system: You are a helpful assistant.
user:
Analyze the provided spectrum to determine if it is a **"Cataclysmic Variables (CV)"**.

- **Key Indicators for CV (Check for either state):**
    - **State 1: Quiescent / Low-State (Emission-Dominated)**
        - **(Primary):** Strong and *very broad* Hydrogen Balmer emission lines (e.g., $H\alpha$ at 6563 Å, $H\beta$ at 4861 Å). The 'broadness' (high velocity dispersion, often FWHM > 1000 km/s) is the key diagnostic, indicating a high-velocity accretion disk.
        - **(Secondary):** Broad neutral Helium (He I) emission lines (e.g., 5876 Å, 6678 Å).
        - **(Key Confirmation):** Presence of high-excitation *ionized* Helium (He II) emission at 4686 Å. This is a strong indicator of accretion onto a white dwarf.
        - **(Line Profile):** Emission lines may exhibit a 'double-peaked' profile, which is a classic signature of a rotating accretion disk viewed at high inclination.

    - **State 2: Outburst / High-State (Absorption-Dominated)**
        - **(Primary):** Spectrum is dominated by a bright, blue continuum (looks like a hot star).
        - **(Secondary):** The emission lines from State 1 are weak, absent, or 'filled in', and are replaced by broad, shallow *absorption* lines (primarily Balmer and He I).
        - **(Morphology):** The overall spectrum mimics a hot B/A-type star. The crucial difference is that the absorption lines are significantly broader, shallower, and more 'washed-out' (or 'smeared') than the sharp lines of a normal stellar photosphere, due to high rotational speeds and pressure broadening in the disk.

Think first, call **spectral_visualization_tool** if needed to examine features in detail, then provide your final answer. Your response must adhere to the following strict rules:
1.  **Overall Structure:** Your response must follow the format `<think>...</think> <tool_call>...</tool_call> (if a tool is used) <answer>...</answer>`.
2.  **Tool Usage Constraint:** You may only make **one** tool call per turn.
3.  **Final Answer Format:** In the `<answer>` tag, your conclusion must be inside a `\boxed{}` command (e.g., `\boxed{YES}`), followed by your justification.

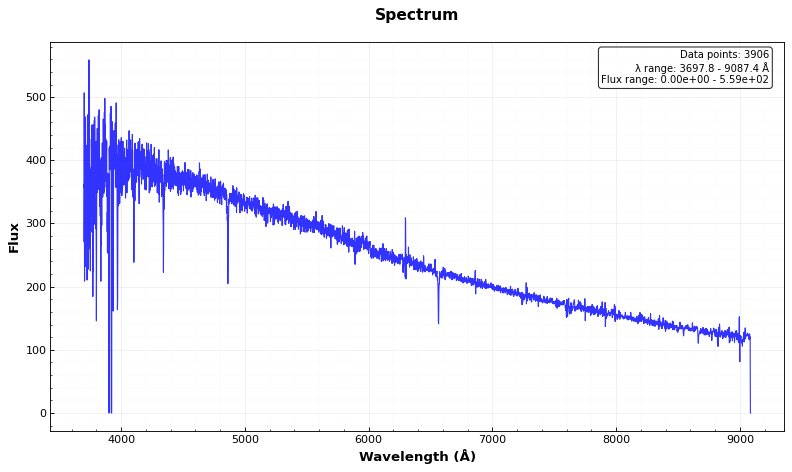
Answer: NO